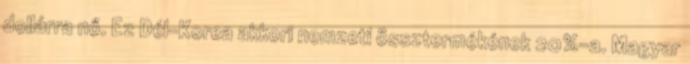
dollárra nő. Ez Dél-Korea akkori nemzeti össztermékének 20%-a. Magyar